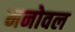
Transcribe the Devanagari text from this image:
मनोवल